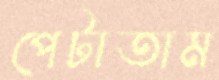
পেটাতাম